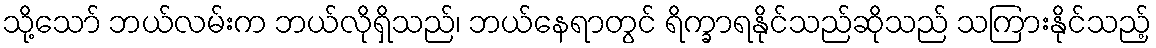
သို့သော် ဘယ်လမ်းက ဘယ်လိုရှိသည်၊ ဘယ်နေရာတွင် ရိက္ခာရနိုင်သည်ဆိုသည် သကြားနိုင်သည့်